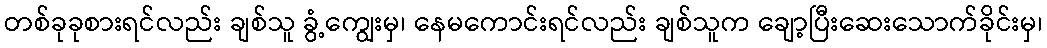
တစ်ခုခုစားရင်လည်း ချစ်သူ ခွံ့ကျွေးမှ၊ နေမကောင်းရင်လည်း ချစ်သူက ချော့ပြီးဆေးသောက်ခိုင်းမှ၊